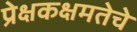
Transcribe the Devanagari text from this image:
प्रेक्षकक्षमतेचे